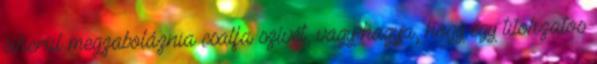
sikerül megzaboláznia csalfa szívét, vagy hagyja, hogy egy titokzatos